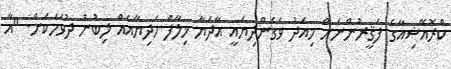
ކްރޮއޭޝިއާގެ ފަޤީރުންނަށް މިއަދު ވެގެންދިޔައީ އާދަޔާ ޚިލާފް ހަދިޔާއެއް ލިބުނު ދުވަހަކަށް. "އާ